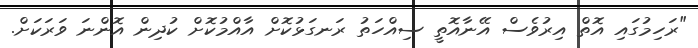
"ރަހިމުގައި އޮތް އިރުވެސް އޭނާއޮތީ ސިއްހަތު ރަނގަޅުކޮށް އާއްމުކޮށް ކުދިން އޮންނަ ވަރަކަށް.